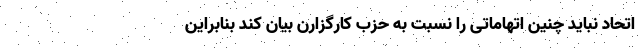
اتحاد نباید چنین اتهاماتی را نسبت به حزب کارگزارن بیان کند بنابراین